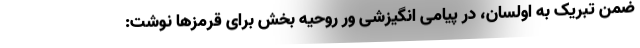
ضمن تبریک به اولسان، در پیامی انگیزشی ور روحیه بخش برای قرمزها نوشت: